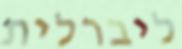
ליברלית